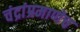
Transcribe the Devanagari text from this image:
चंद्रांप्रमाणेच